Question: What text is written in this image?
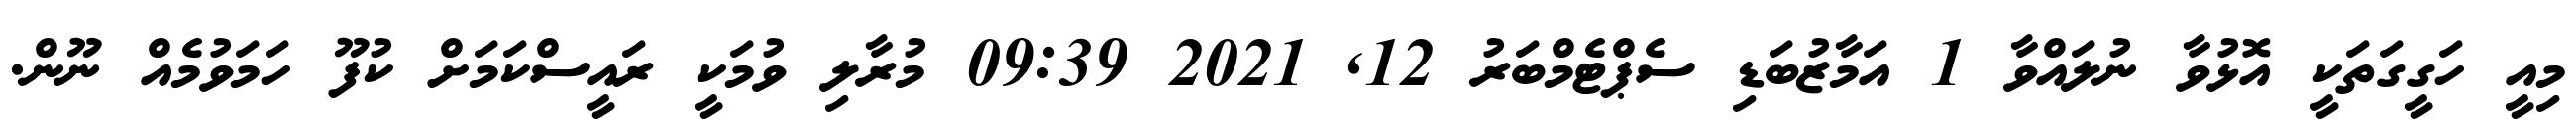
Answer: މިއީ ހަގީގަތަކީ އޮޅުވާ ނުލައްވާ 1 އަމާޒުބަޑި ސެޕްޓެމްބަރު 12, 2021 09:39 މުރާލި ވުމަކީ ރައީސްކަމަށް ކުފޫ ހަމަވުމެއް ނޫން.